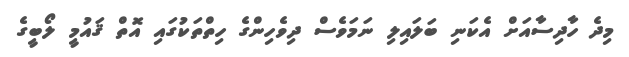
މިދެ ހާދިސާއަށް އެކަނި ބަލައިލި ނަމަވެސް ދިވެހިންގެ ހިތްތަކުގައި އޮތް ޤައުމީ ލޯބީގެ